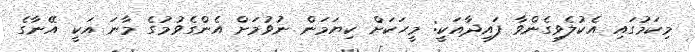
މިކަމުގައި އެކުލެވިގެންވާ ފައިދާއަކީ: މީހަކަށް ކިޔަމަން ނުވުމަށް އެންގެވުމުގެ މާނަ އަކީ އޭނާގެ